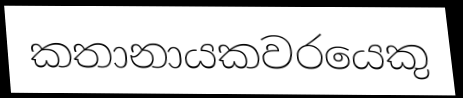
කතානායකවරයෙකු